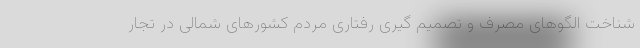
شناخت الگوهای مصرف و تصمیم گیری رفتاری مردم کشورهای شمالی در تجار